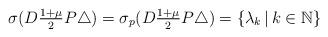
LaTeX: \begin{align*}\sigma(D \tfrac{1 + \mu}{2} P \triangle) = \sigma_{p}(D \tfrac{1 + \mu}{2} P \triangle) = \{\lambda_{k} \,|\, k \in \mathbb{N}\} \end{align*}